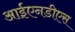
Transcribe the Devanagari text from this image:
आईएनडीएस